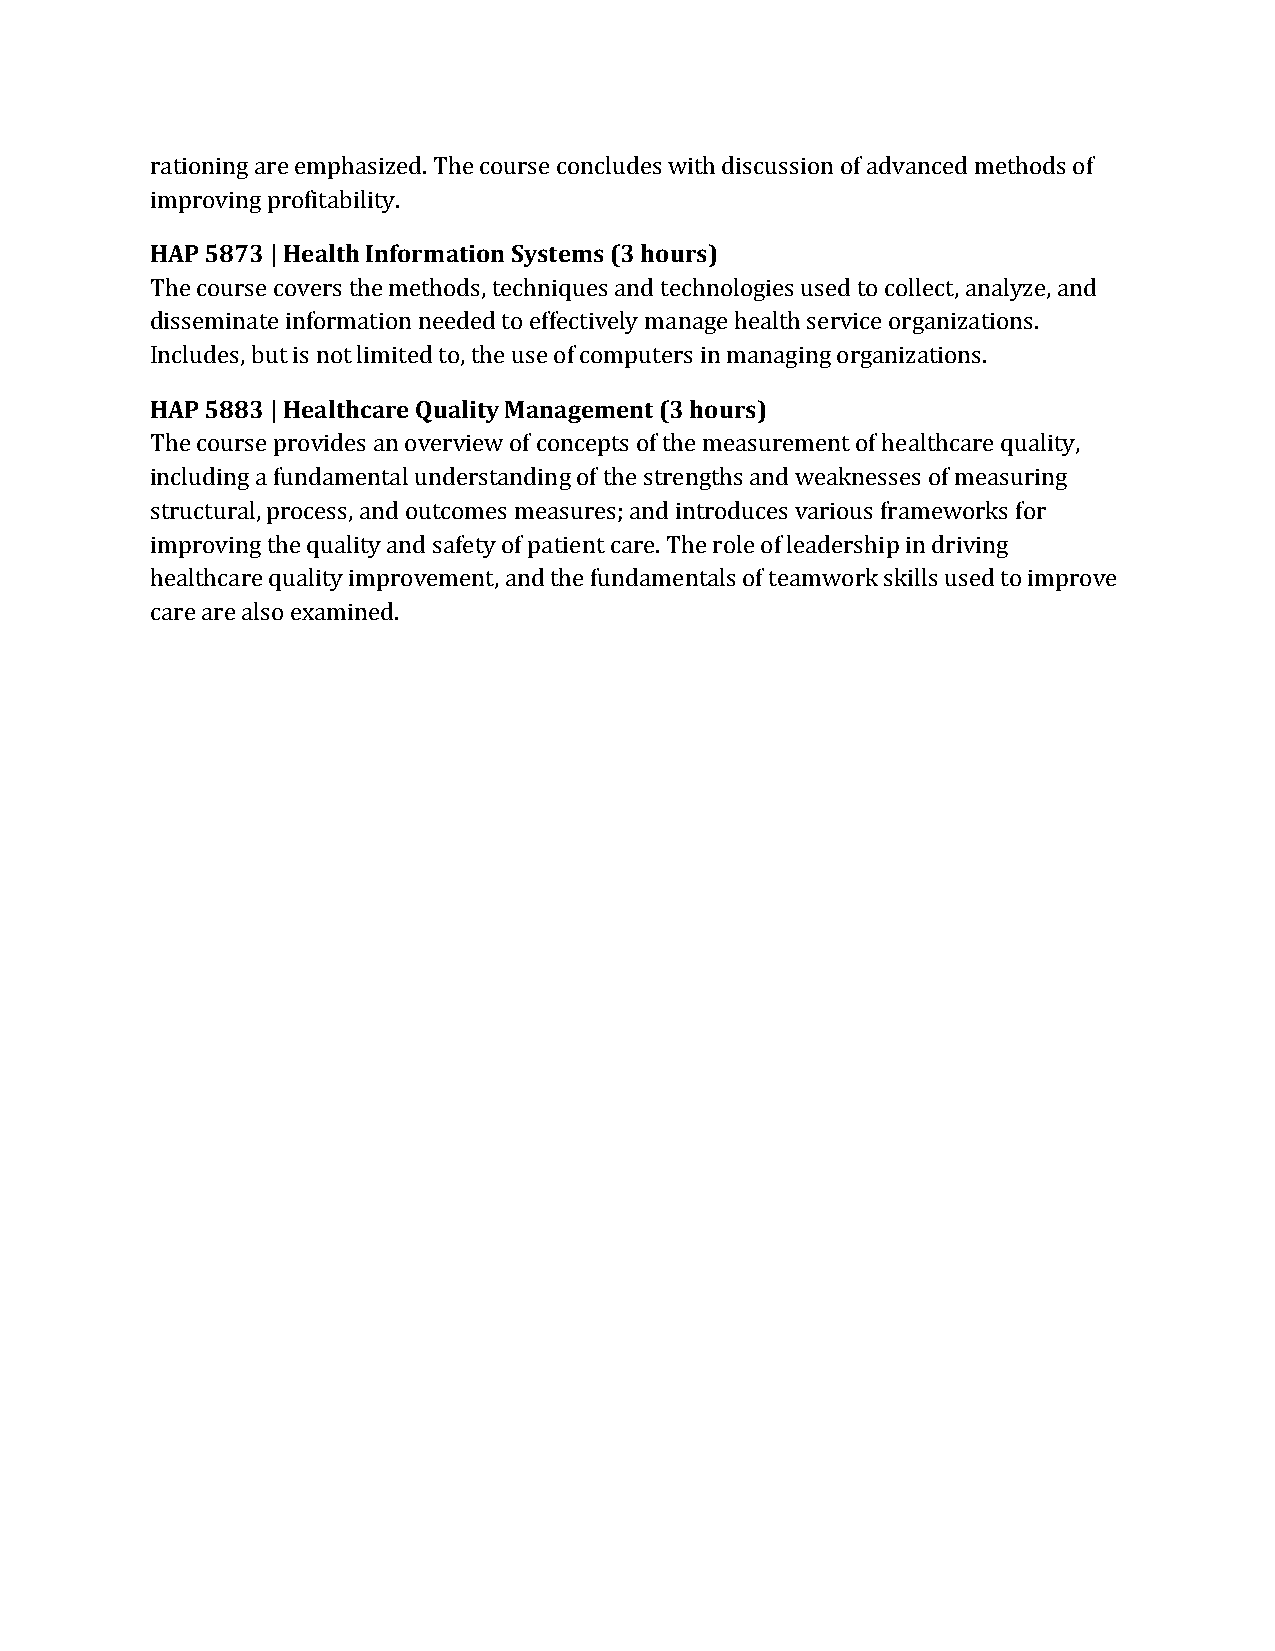
rationing are emphasized. The course concludes with discussion of advanced methods of
 iHmApPr o5v8i7ng3 p| rHoefiataltbhil Iitnyf.o rmation Systems (3 hours)
 The course covers the methods, techniques and technologies used to collect, analyze, and
 disseminate information needed to effectively manage health service organizations.
 IHnAclPu d5e8s8, 3b u| tH ise anlotth lcimariete Qdu toa,l itthye M usaen oafg ceommepnutt (e3rs h ionu mrsa)naging organizations.
 The course provides an overview of concepts of the measurement of healthcare quality,
 including a fundamental understanding of the strengths and weaknesses of measuring
 structural, process, and outcomes measures; and introduces various frameworks for
 improving the quality and safety of patient care. The role of leadership in driving
 healthcare quality improvement, and the fundamentals of teamwork skills used to improve
 care are also examined.